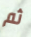
ثم